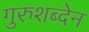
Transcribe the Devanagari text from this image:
गुरुशब्देन